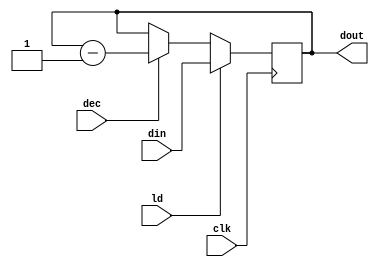
module CNTR(
  output reg [15:0] dout,
  input [15:0] din,
  input ld,
  input dec,
  input clk
);
  
  always @ (posedge clk) begin
    if(ld) dout <= din;
    else if (dec) dout <= dout - 1;
  end
  
endmodule